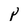
Character: p